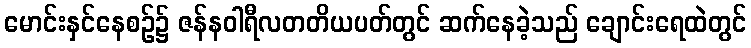
မောင်းနှင်နေစဉ်၌ ဇန်နဝါရီလတတိယပတ်တွင် ဆက်နေခဲ့သည် ချောင်းရေထဲတွင်